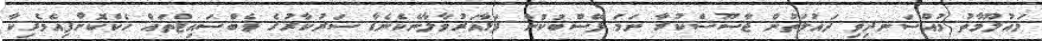
މައުލޫމާތު މުއްސަނދިވި ދައުލަތުން ޖާސޫސްކުރާ ނަމަ ފޭސްބުކުން ފަޅާއަރުވާލާނެކެނެޑާ ސަރުކާރުގެ ވެބްސައިޓްތައް ހެކްކޮށްފިއެމެރިކާ